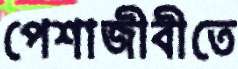
পেশাজীবীতে